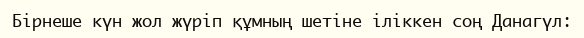
Бірнеше күн жол жүріп құмның шетіне іліккен соң Данагүл: